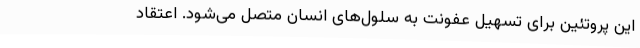
این پروتئین برای تسهیل عفونت به سلول‌های انسان متصل می‌شود. اعتقاد